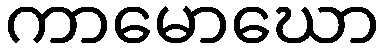
ကာမောဃော